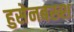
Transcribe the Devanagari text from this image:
हुसेनबख्श